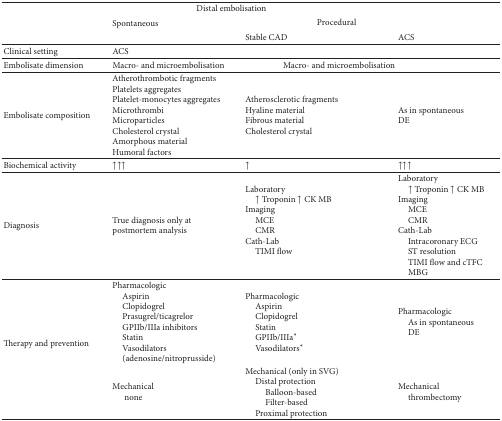
<table><thead><tr><td><b> </b></td><td colspan="3"><b>Distal embolisation</b></td></tr><tr><td><b> </b></td><td><b>Spontaneous</b></td><td colspan="2"><b>Procedural</b></td></tr><tr><td><b> </b></td><td><b> </b></td><td><b>Stable CAD</b></td><td><b>ACS</b></td></tr></thead><tbody><tr><td>Clinical setting</td><td>ACS</td><td> </td><td> </td></tr><tr><td>Embolisate dimension</td><td>Macro- and microembolisation</td><td colspan="2">Macro- and microembolisation</td></tr><tr><td>Embolisate composition</td><td>Atherothrombotic fragmentsPlatelets aggregatesPlatelet-monocytes aggregatesMicrothrombiMicroparticlesCholesterol crystalAmorphous materialHumoral factors </td><td>Atherosclerotic fragmentsHyaline materialFibrous materialCholesterol crystal</td><td>As in spontaneous DE</td></tr><tr><td>Biochemical activity</td><td>↑↑↑</td><td>↑</td><td>↑↑↑</td></tr><tr><td>Diagnosis</td><td>True diagnosis only at postmortem analysis</td><td>Laboratory ↑ Troponin ↑ CK MB Imaging MCECMR Cath-Lab TIMI flow</td><td>Laboratory ↑ Troponin ↑ CK MB Imaging MCE CMRCath-Lab Intracoronary ECGST resolution TIMI flow and cTFC MBG</td></tr><tr><td rowspan="2">Therapy and prevention</td><td>Pharmacologic Aspirin Clopidogrel Prasugrel/ticagrelor GPIIb/IIIa inhibitors Statin Vasodilators(adenosine/nitroprusside)</td><td>Pharmacologic Aspirin Clopidogrel Statin GPIIb/IIIa*Vasodilators*</td><td>Pharmacologic As in spontaneousDE</td></tr><tr><td>Mechanicalnone</td><td>Mechanical (only in SVG) Distal protectionBalloon-basedFilter-basedProximal protection</td><td>Mechanical thrombectomy</td></tr></tbody></table>